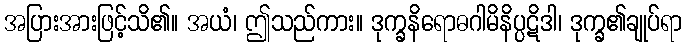
အပြားအားဖြင့်သိ၏။ အယံ၊ ဤသည်ကား။ ဒုက္ခနိရောဓဂါမိနိပ္ပဋိဒါ၊ ဒုက္ခ၏ချုပ်ရာ